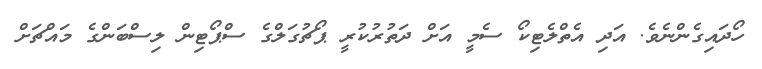
ހޯދައިގެންނެވެ. އަދި އެތްލެޓިކޯ ސެމީ އަށް ދަތުރުކުރީ ޕޯޗުގަލްގެ ސްޕޯޓިން ލިސްބަންގެ މައްޗަށް